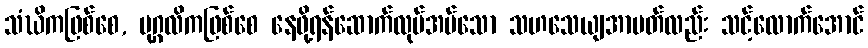
သံဃိကဖြစ်စေ, ပုဂ္ဂလိကဖြစ်စေ နေဖို့ရန်ဆောက်လုပ်အပ်သော သဟသေယျအာပတ်လည်း သင့်လောက်အောင်